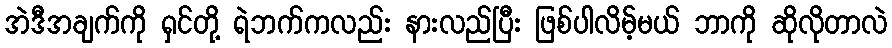
အဲဒီအချက်ကို ရှင်တို့ ရဲဘက်ကလည်း နားလည်ပြီး ဖြစ်ပါလိမ့်မယ် ဘာကို ဆိုလိုတာလဲ